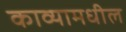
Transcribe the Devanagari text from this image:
काव्यामधील